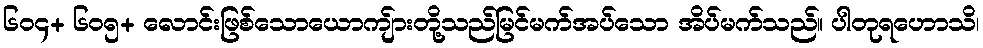
၆၀၄+ ၆၀၅+ လောင်းဖြစ်သောယောကျ်ားတို့သည်မြင်မက်အပ်သော အိပ်မက်သည်။ ပါတုရဟောသိ၊